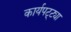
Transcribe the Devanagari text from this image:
कार्यपट्ट्या